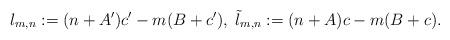
LaTeX: \begin{align*}l_{m,n}:= (n+A')c'-m(B+c'),\; \tilde l_{m,n}:= (n+A)c-m(B+c).\end{align*}